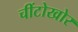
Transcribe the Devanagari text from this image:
चींटोखोर